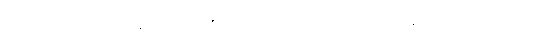
ပဋိပက္ခဘာဝတော၊ ဆန့်ကျင်ဘက်၏ အဖြစ်ကြောင့်။ ဝိက္ခေပေါ၊ ဝိက္ခေပသည်။ န၊ မဟုတ်။